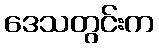
ဒေသတွင်းက